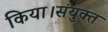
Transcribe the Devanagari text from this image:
किया।संयुक्त